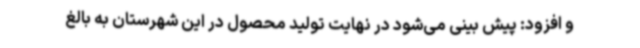
و افزود: پیش بینی می‌شود در نهایت تولید محصول در این شهرستان به بالغ